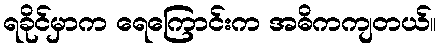
ရခိုင်မှာက ရေကြောင်းက အဓိကကျတယ်။